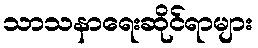
သာသနာရေးဆိုင်ရာများ